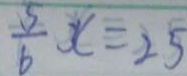
\frac { 5 } { 6 } x = 2 5